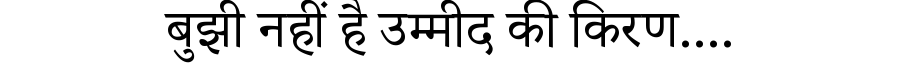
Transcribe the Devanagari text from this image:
बुझी नहीं है उम्मीद की किरण....